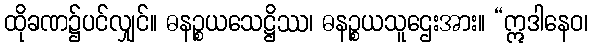
ထိုခဏ၌ပင်လျှင်။ ဓနဉ္စယသေဋ္ဌိဿ၊ ဓနဉ္စယသူဌေးအား။ “ဣဒါနေဝ၊